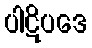
ပါဋိပဒေ